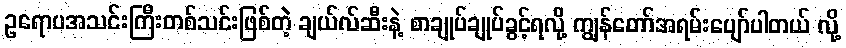
ဥရောပအသင်းကြီးတစ်သင်းဖြစ်တဲ့ ချယ်လ်ဆီးနဲ့ စာချုပ်ချုပ်ခွင့်ရလို့ ကျွန်တော်အရမ်းပျော်ပါတယ် လို့